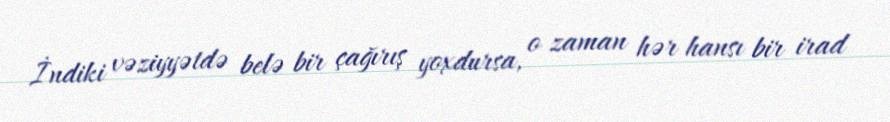
İndiki vəziyyətdə belə bir çağırış yoxdursa, o zaman hər hansı bir irad